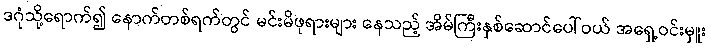
ဒဂုံသို့ရောက်၍ နောက်တစ်ရက်တွင် မင်းမိဖုရားများ နေသည့် အိမ်ကြီးနှစ်ဆောင်ပေါ်ဝယ် အရှေ့ဝင်းမှူး